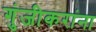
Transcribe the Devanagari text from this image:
गुंजीकरांना